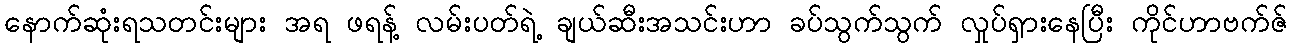
နောက်ဆုံးရသတင်းများ အရ ဖရန့် လမ်းပတ်ရဲ့ ချယ်ဆီးအသင်းဟာ ခပ်သွက်သွက် လှုပ်ရှားနေပြီး ကိုင်ဟာဗက်ဇ်